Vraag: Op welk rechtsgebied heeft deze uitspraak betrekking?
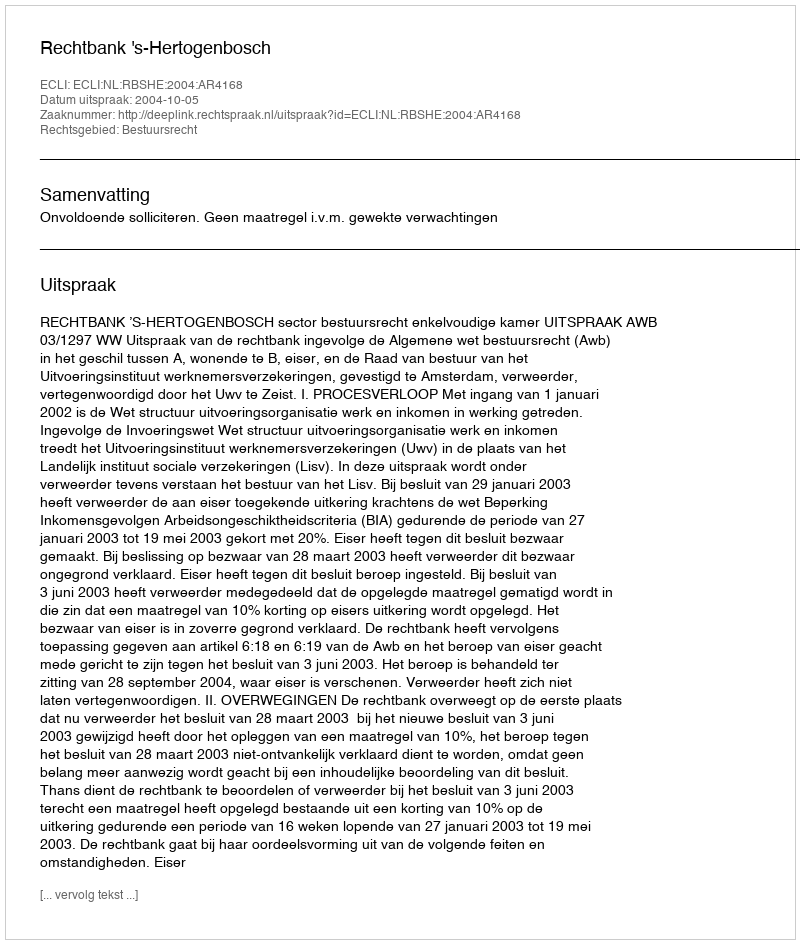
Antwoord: Bestuursrecht